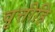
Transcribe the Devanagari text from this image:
वृत्तीहि